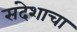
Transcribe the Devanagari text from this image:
संदेशाचा